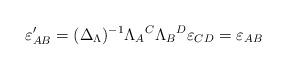
LaTeX: \begin{align*}\varepsilon _{AB}^{\prime }=(\Delta _{{\small \Lambda }})^{-1}\Lambda_{A}{}^{C}\Lambda _{B}{}^{D}\varepsilon _{CD}=\varepsilon _{AB} \end{align*}